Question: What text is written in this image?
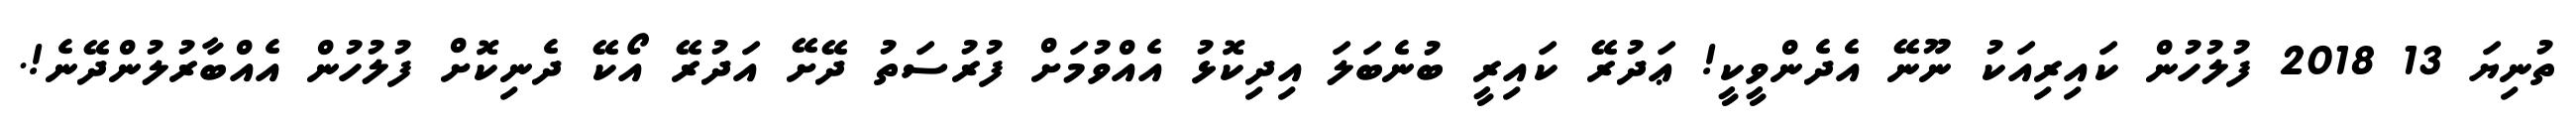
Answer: ތުނިޔަ 13 2018 ފުލުހުން ކައިރިއަކު ނޫނޭ އެދެންވީކީ! ޢަދުރޭ ކައިރީ ބުނެބަލަ އިދިކޮޅު އެއްވުމަށް ފުރުސަތު ދޭށޭ އަދުރޭ އޯކޭ ދެނިކޮށް ފުލުހުން އެއްބާރުލުންދޭނެ!.